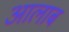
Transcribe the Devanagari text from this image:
आलाब